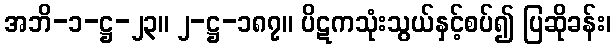
အဘိ-၁-ဋ္ဌ-၂၃။ ၂-ဋ္ဌ-၁၈၇။ ပိဋကသုံးသွယ်နှင့်စပ်၍ ပြဆိုခန်း၊